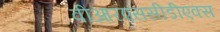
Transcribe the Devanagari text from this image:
वीआरएससीडीएक्स